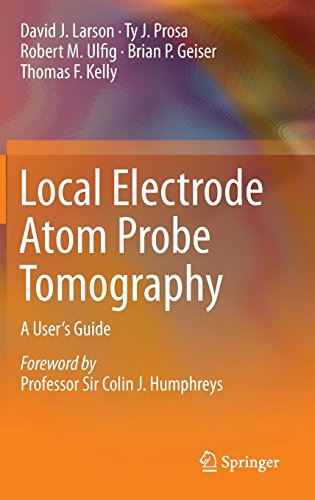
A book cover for Local Electrode Atom Probe Tomography: A User's Guide; David J. Larson; Science & Math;